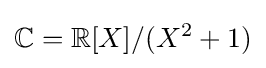
\mathbb {C} =\mathbb {R} [X]/(X^{2}+1)